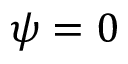
\psi = 0